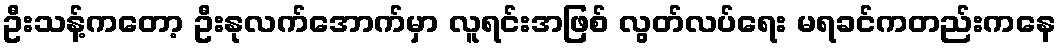
ဦးသန့်ကတော့ ဦးနုလက်အောက်မှာ လူရင်းအဖြစ် လွတ်လပ်ရေး မရခင်ကတည်းကနေ